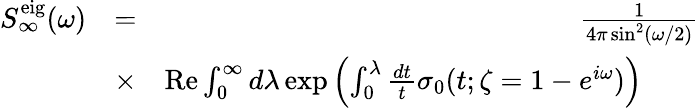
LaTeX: \begin{array}{rlr}{S_{\infty}^{\mathrm{eig}}(\omega)}&{=}&{\frac{1}{4\pi\sin^{2}(\omega/2)}}\\ &{\times}&{\mathrm{Re}\int_{0}^{\infty}d\lambda\exp\left(\int_{0}^{\lambda}\frac{dt}{t}\sigma_{0}(t;\zeta=1-e^{i\omega})\right)\qquad}\end{array}